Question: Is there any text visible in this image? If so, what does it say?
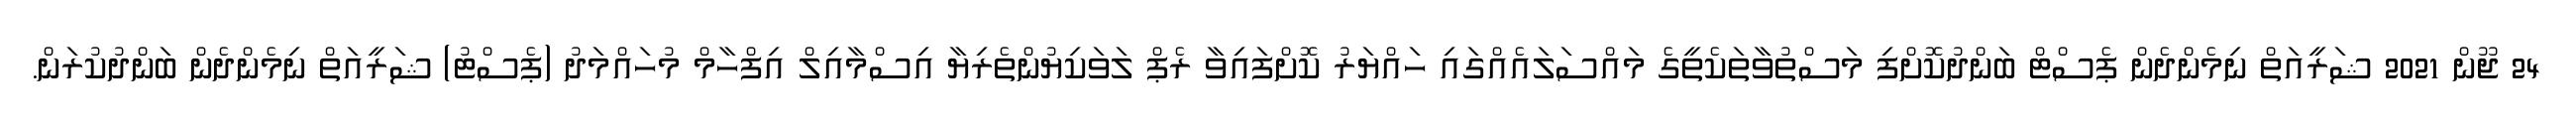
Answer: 24 ޖޫން 2021 ޝަރީއަތް ނިމެންދެން ޕެސްޓް ބަންދުކޮށްފި މަސްތުވާތަކެތީގެ މައްސަލައެއްގައި ހައްޔަރު ކޮށްފައިވާ ރެޕް ލަވަކިޔުންތެރިޔާ އިސްމާއިލް އިފްހާމް މުހައްމަދު (ޕެސްޓު) ޝަރީއަތް ނިމެންދެން ބަންދުކުރަން.